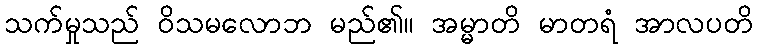
သက်မှုသည် ဝိသမလောဘ မည်၏။ အမ္မာတိ မာတရံ အာလပတိ